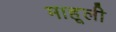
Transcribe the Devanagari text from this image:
माहूली